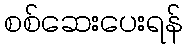
စစ်ဆေးပေးရန်